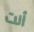
أنت